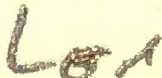
Text: LO1